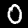
Label: 0